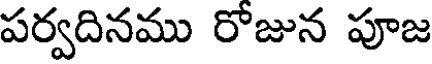
పర్వదినము రోజున పూజ